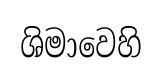
ශිමාවෙහි